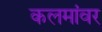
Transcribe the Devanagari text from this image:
कलमांवर